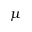
\mu